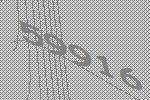
59916